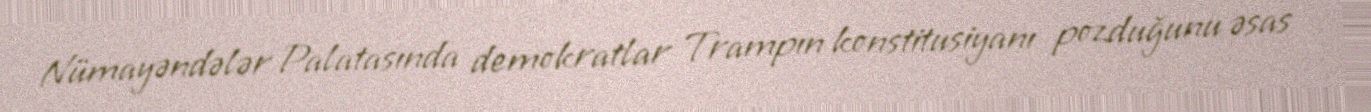
Nümayəndələr Palatasında demokratlar Trampın konstitusiyanı pozduğunu əsas